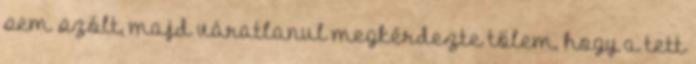
sem szólt, majd váratlanul megkérdezte tőlem, hogy a tett